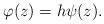
LaTeX: \begin{align*}\varphi (z) = h\psi (z) .\end{align*}